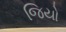
જિયો